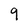
Character: 9